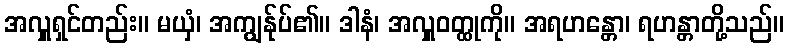
အလှူရှင်တည်း။ မယှံ၊ အကျွန်ုပ်၏။ ဒါနံ၊ အလှူဝတ္ထုကို။ အရဟန္တော၊ ရဟန္တာတို့သည်။